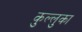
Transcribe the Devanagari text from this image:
कुल्लुका